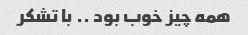
همه چیز خوب بود ‌.. با تشکر